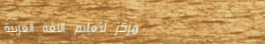
مركز لتعليم اللغة العربية